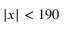
\vert x \vert < 1 9 0